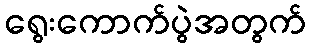
ရွေးကောက်ပွဲအတွက်